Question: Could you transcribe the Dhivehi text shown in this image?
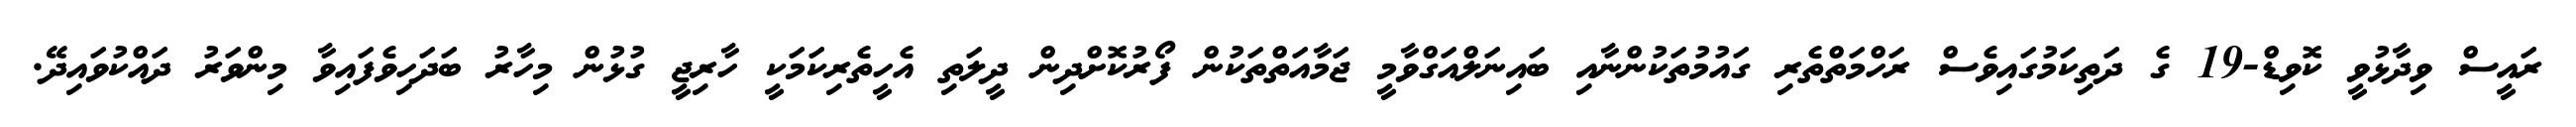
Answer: ރައީސް ވިދާޅުވީ ކޮވިޑް-19 ގެ ދަތިކަމުގައިވެސް ރަހްމަތްތެރި ގައުމުތަކުންނާއި ބައިނަލްއަގްވާމީ ޖަމާއަތްތަކުން ފޯރުކޮށްދިން ދީލަތި އެހީތެރިކަމަކީ ހާރިޖީ ގުޅުން މިހާރު ބަދަހިވެފައިވާ މިންވަރު ދައްކުވައިދޭ.